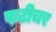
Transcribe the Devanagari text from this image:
फटीचर